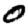
Digit: 0